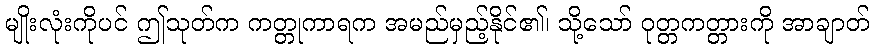
မျိုးလုံးကိုပင် ဤသုတ်က ကတ္တုကာရက အမည်မှည့်နိုင်၏၊ သို့သော် ဝုတ္တကတ္တားကို အာချာတ်